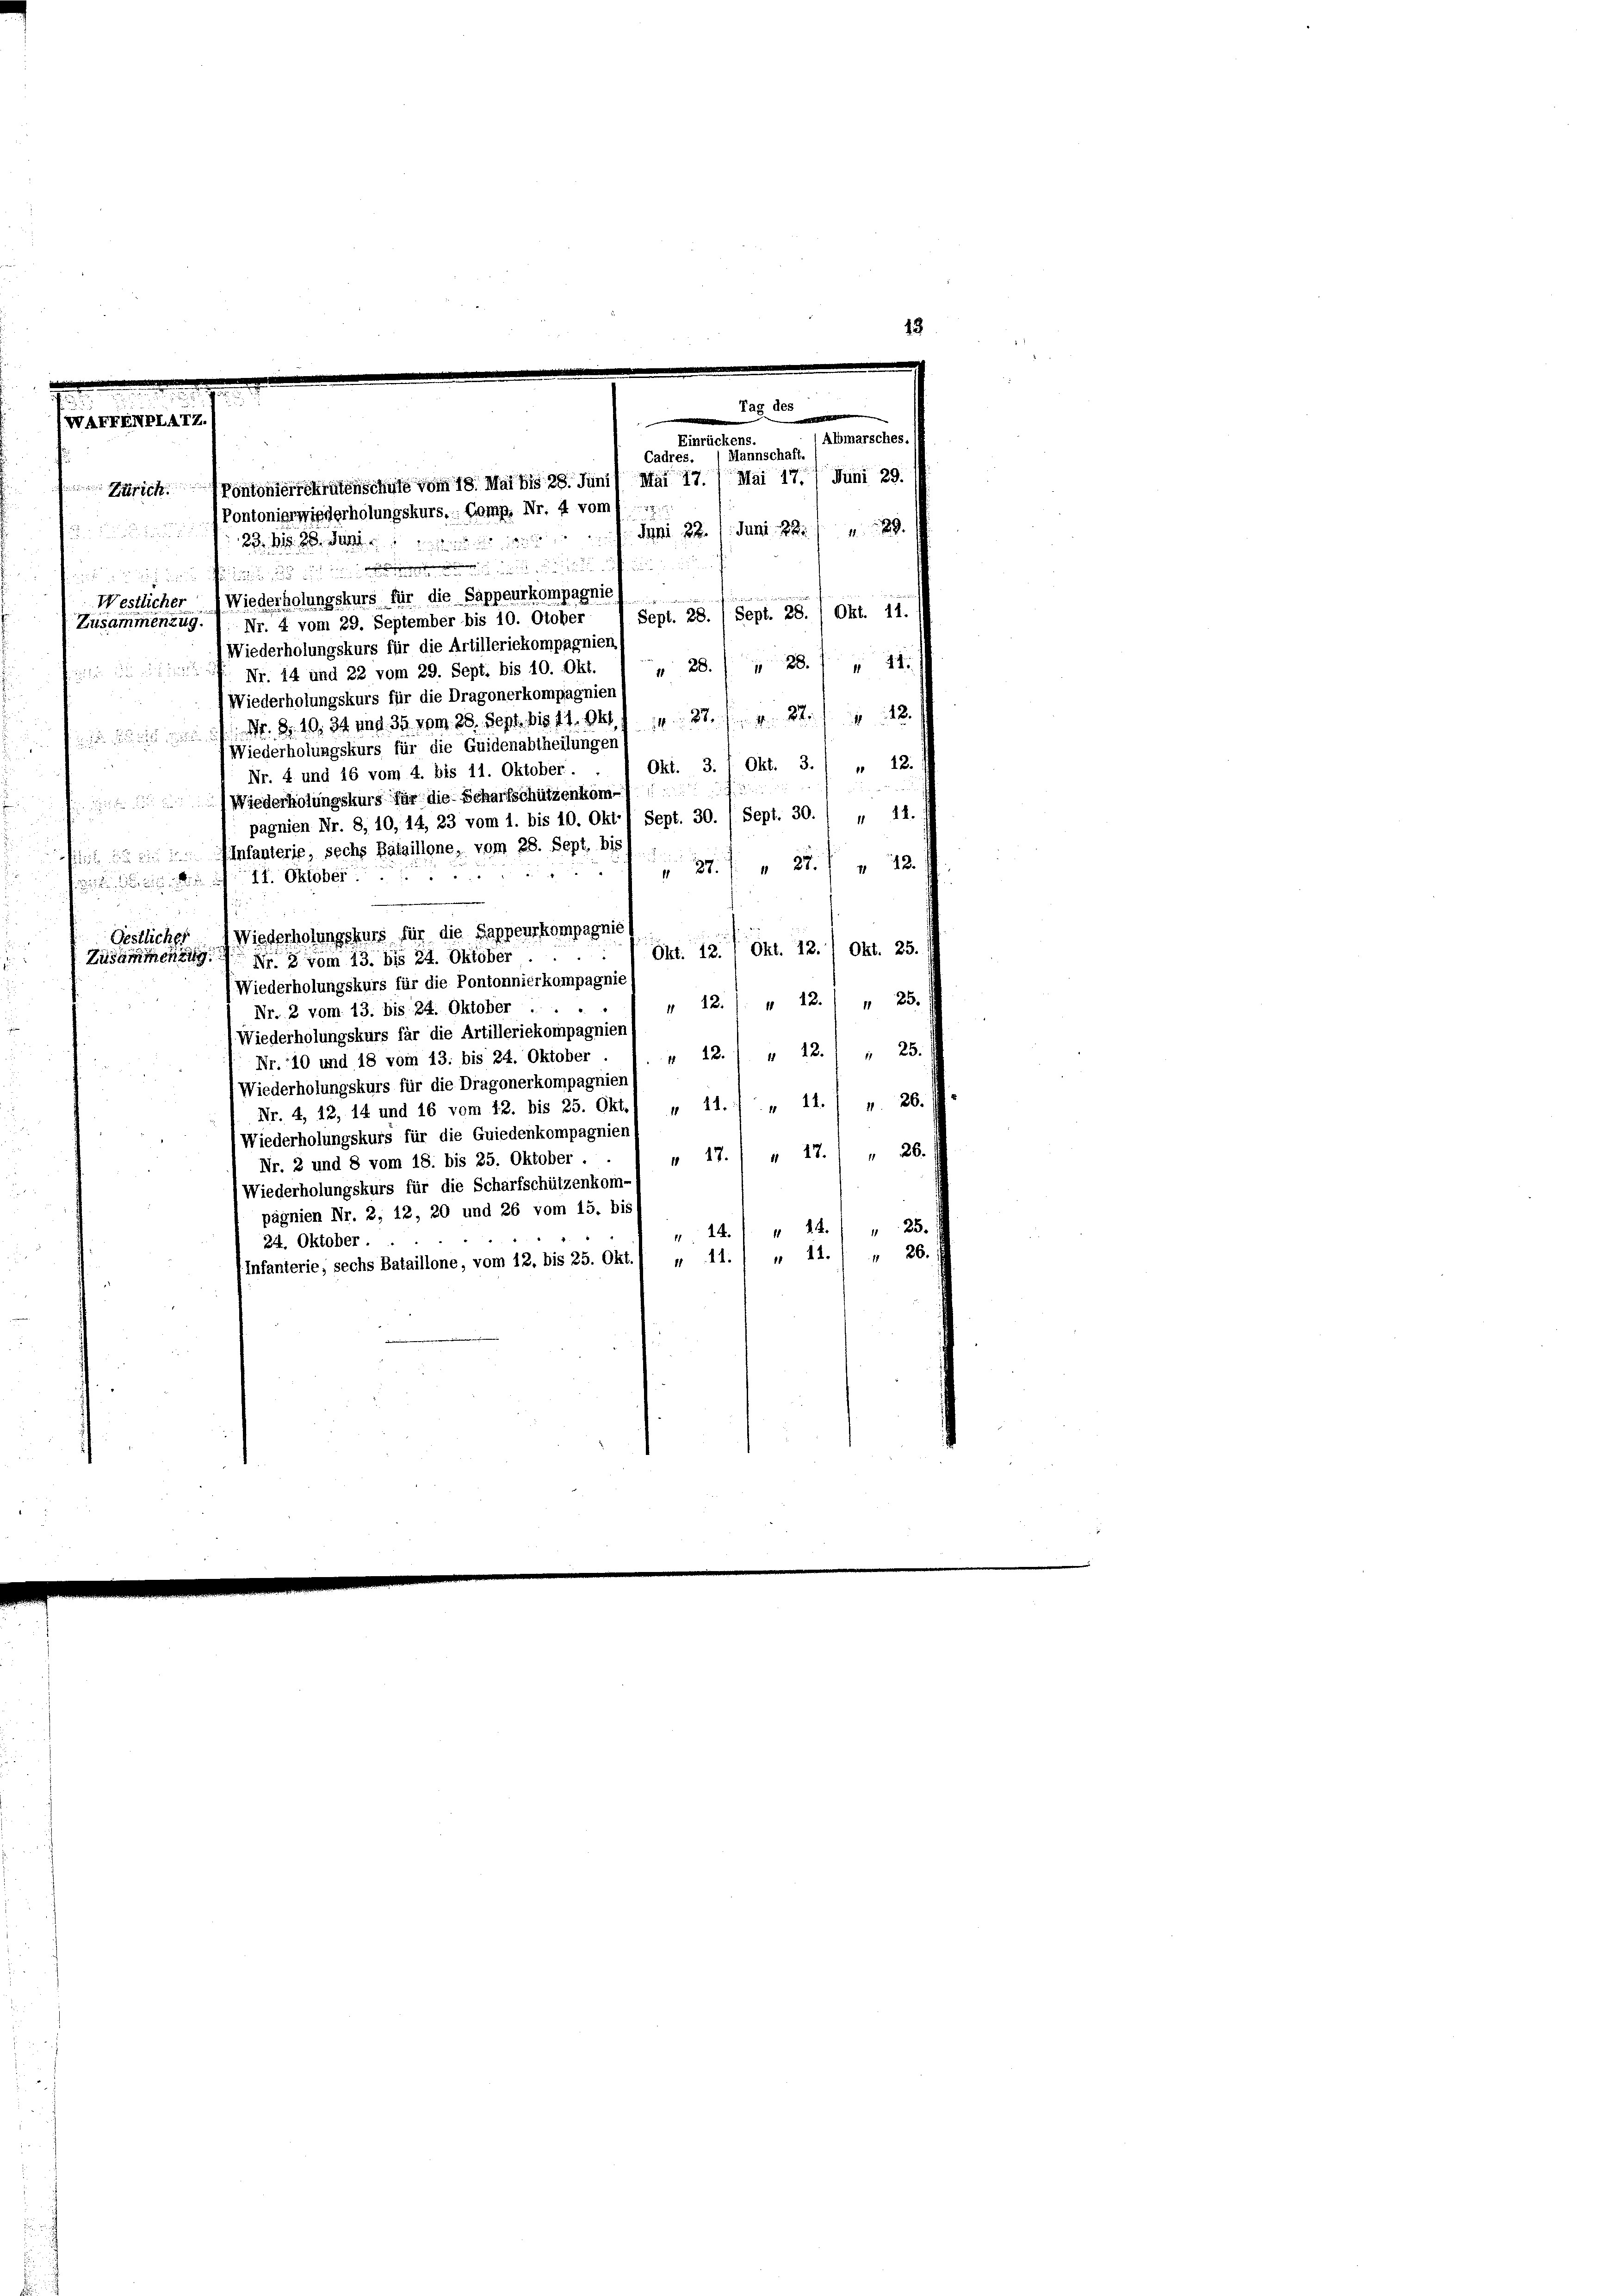
i und einen, und die

sament

e
Westlicher Wiederholungskurs für die Sappeurkompagnie
Zusammenzug. ) Nr. 4 vom 29. September bis 10. Otober
Wiederholungskurs für die Artilleriekompagnien
 28. 28. 21
 Nr. 14 und 22 vom 29. Sept. bis 10. Okt.
1 Wiederholungskurs für die Dragonerkompagnien
1 Nr. 310. 34 und 35 vom 28. Sept. bis 11. Okt. . . 27. v. 22. 12.
Wiederholungskurs für die Guidenabtheilungen
Okt. 3. / Okt. 3. / „ 12.
Nr. 4 und 16 vom 4. bis 11. Oktober.
Wiederholungskurs für die Scharfschützenkom-
pagnien Nr. 8, 10, 14, 23 vom 1. bis 10. Okt./ Sept. 30. / Sept. 30. 1 „ 11.
 Infanterie, sechs Bataillone, vom 28. Sept. 115).
" 22 f 12
 37.

Oestlicher Wiederholungskurs für die Sappenrkompagnies
Okt. 12. Okt. 12. 1 Okt. 25.
Zusammenzug vom 13. bis 24. Oktober
(Wiederholungskurs für die Pontonnierkompagnie
 12./. u 12.) „ 25.
Nr. 2 vom 13. bis 24. Oktober
). Wiederholungskurs für die Artilleriekompagnien/
12.) „ 12.) " 25.)
Nr. 10 und 18 vom 13. bis 24. Oktober
Wiederholungskurs für die Dragonerkompagnien (
Nr. 4, 12, 14 und 16 vom 12. bis 25. Okt./ „ 11. „ 11.) „ 26.
Wiederholungskurs für die Guiedenkompagnien
" 17. u 27.) " 26.
Nr. 2 und 8 vom 18. bis 25. Oktober . .
(Wiederholungskurs für die Scharfschützenkom-
pagnien Nr. 2, 12, 20 und 26 vom 15. bis
"14.) " 24.) " 23.
24. Oktober.
" 11. 26.
11.
Infanterie, sechs Bataillone, vom 12. bis 25. Okt.

Zürich. Pontonenrekrutenschuld vom 18. Mai bis 28. Juni / Mai 17.
Pontonierwiederholungskurs, Comp. Nr. 4 vom 17.
 391 u. den 22.

Tag des
Albmarsches.
Einrückens.
Cadres. (Mannschaft.
Juni 29.
Mai 17.
Juni. S. 1429
u
Sept. 28. / Sept. 28. / Okt. 11.